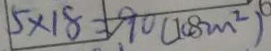
5 \times 1 8 = 9 0 ( c m ^ { 2 } )